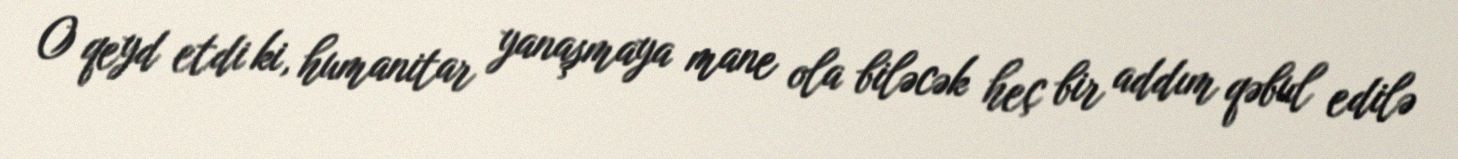
O qeyd etdi ki, humanitar yanaşmaya mane ola biləcək heç bir addım qəbul edilə